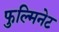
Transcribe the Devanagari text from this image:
फुल्मिनेट